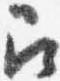
召